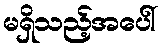
မရှိသည့်အပေါ်